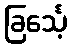
ခြင်္သေ့